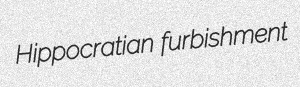
Hippocratian furbishment